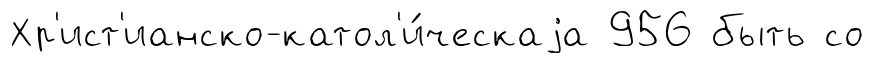
Хр'ист'ианско-катол'и́ческаjа 956 быть со